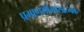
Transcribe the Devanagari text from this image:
प्रमाणमीमांसात्मक